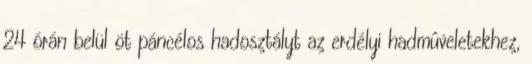
24 órán belül öt páncélos hadosztályt az erdélyi hadmûveletekhez,